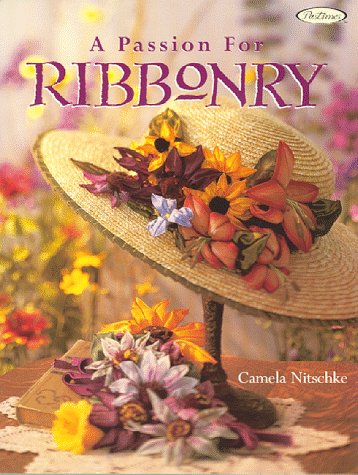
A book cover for A Passion for Ribbonry; Camela Nitschke; Crafts, Hobbies & Home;